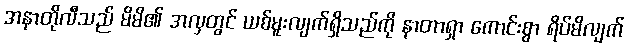
အနာတိုလီသည် မိမိ၏ အလှတွင် ယစ်မူးလျက်ရှိသည်ကို နာတာရှာ ကောင်းစွာ ရိပ်မိလျက်